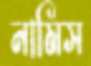
নামিস